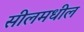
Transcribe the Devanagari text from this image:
सीलमधील